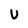
Character: U